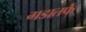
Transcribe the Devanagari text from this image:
गडातर्फे